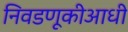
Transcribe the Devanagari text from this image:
निवडणूकीआधी